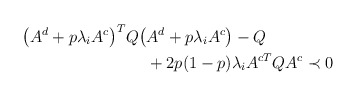
\begin{align*}\begin{aligned} \big(A^d + p \lambda_i A^c\big)^T Q \big(&A^d + p \lambda_i A^c\big) - Q \\ &+ 2p(1-p) \lambda_i A^{cT} Q A^c \prec 0 \end{aligned}\end{align*}